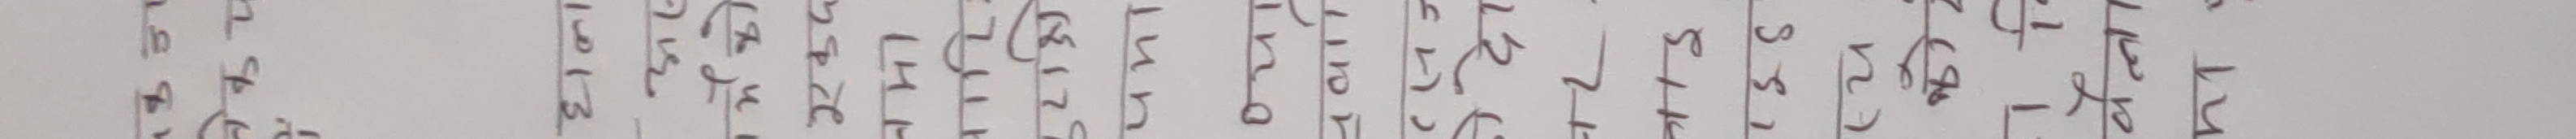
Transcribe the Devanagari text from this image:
९८७६५४३२१० ०१२३४५६७८९ ०१२३४५६७८९ ०१२३४५६७८९ ०१२३४५६७८९ ०१२३४५६७८९ ०१२३४५६७८९ ०१२३४५६७८९ ०१२३४५६७८९ ०१२३४५६७८९ ०१२३४५६७८९